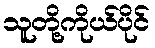
သူတို့ကိုယ်ပိုင်